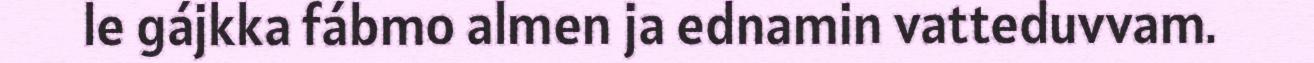
le gájkka fábmo almen ja ednamin vatteduvvam.